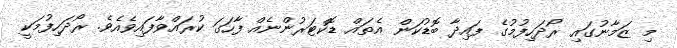
މި ޒަމާނުގައި ރޯދަހިފުމުގެ ފައިދާ ބޮޑުކަން އެތައް ޑޮކްޓަރުންނެއް ފާހަގަ ކުރައްވާފައިވެއެވެ. ރޯދަހިފުމަކީ